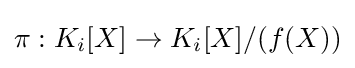
\pi :K_{i}[X]\to K_{i}[X]/(f(X))